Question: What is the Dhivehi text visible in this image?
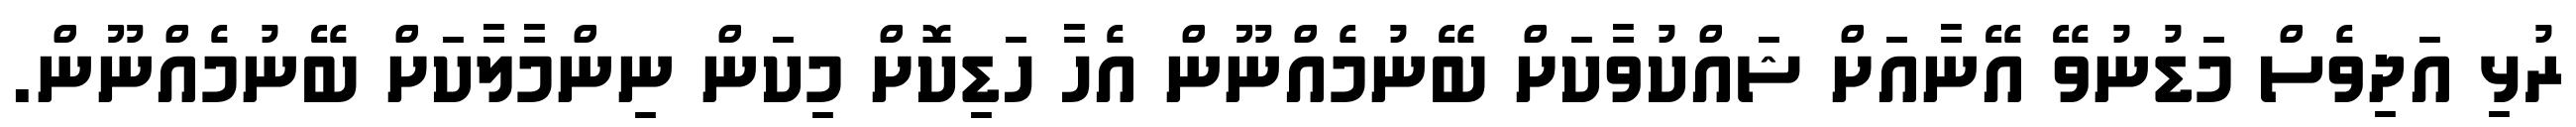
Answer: ރުޅި އަދިވެސް މަޑުނުވޭ އޭނާއަށް ޝައްކުވާކަށް ބޭނުމެއްނޫން އެހާ ހަޑިކޮށް މިކަން ނިންމާލާކަށް ބޭނުމެއްނޫން.